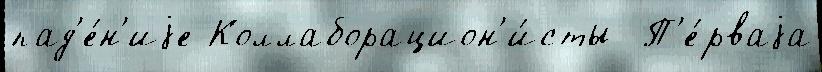
пад'е́н'иjе Коллаборацион'и́сты  П'е́рваjа